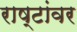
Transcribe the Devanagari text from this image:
राष्टांवर